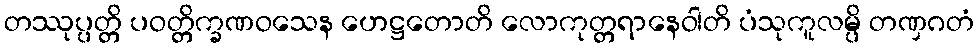
တဿုပ္ပတ္တိ ပဝတ္တိက္ခဏဝသေန ဟေဋ္ဌတောတိ လောကုတ္တရာနေဝါတိ ပံသုကူလမ္ပိ တဏှဂတံ